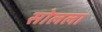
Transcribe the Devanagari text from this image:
सोलला